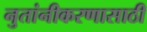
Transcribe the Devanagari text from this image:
नुतांनीकरणासाठी